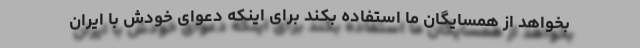
بخواهد از همسایگان ما استفاده بکند برای اینکه دعوای خودش با ایران